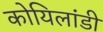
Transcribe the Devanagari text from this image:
कोयिलांडी